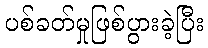
ပစ်ခတ်မှုဖြစ်ပွားခဲ့ပြီး